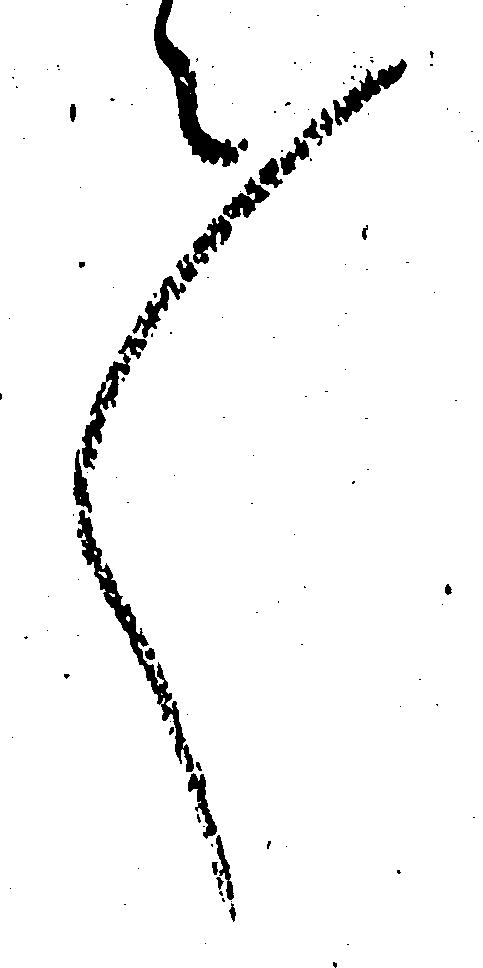
々